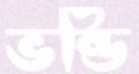
ভন্ডি